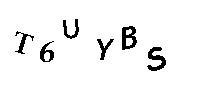
T6UYBS